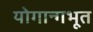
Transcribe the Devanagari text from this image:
योगान्गभूत